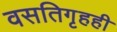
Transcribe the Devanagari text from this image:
वसतिगृहही